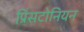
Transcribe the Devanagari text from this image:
प्रिंसटोनियन